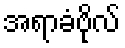
အရာခံဗိုလ်